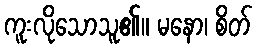
ကူးလိုသောသူ၏။ မနော၊ စိတ်